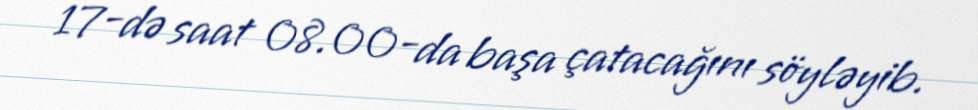
17-də saat 08.00-da başa çatacağını söyləyib.